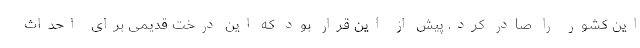
این کشور را صادر کرد. پیش از این قرار بود که این درخت قدیمی برای احداث